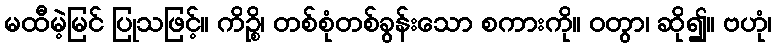
မထီမဲ့မြင် ပြုသဖြင့်။ ကိဉ္စိ၊ တစ်စုံတစ်ခွန်းသော စကားကို။ ဝတွာ၊ ဆို၍။ ဗဟုံ၊